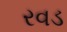
રવડ